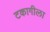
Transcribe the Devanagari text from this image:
टकागीला